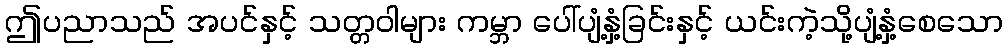
ဤပညာသည် အပင်နှင့် သတ္တဝါများ ကမ္ဘာ ပေါ်ပျံ့နှံ့ခြင်းနှင့် ယင်းကဲ့သို့ပျံ့နှံ့စေသော